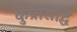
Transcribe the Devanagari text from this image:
कुप्रसिद्धि